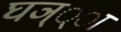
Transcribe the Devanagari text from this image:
घञ््‌ा